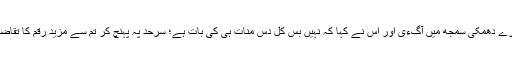
ٹیکسی والے کو ہمارے دھمکی سمجھ میں آگءی اور اس نے کہا کہ نہیں بس کل دس منات ہی کی بات ہے؛ سرحد پہ پہنچ کر تم سے مزید رقم کا تقاضہ نہیں کیا جاءے گا۔